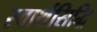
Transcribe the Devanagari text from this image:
स्वार्थसिद्धि